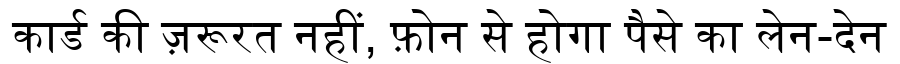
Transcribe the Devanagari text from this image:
कार्ड की ज़रूरत नहीं, फ़ोन से होगा पैसे का लेन-देन